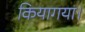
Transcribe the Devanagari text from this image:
कियागया।